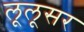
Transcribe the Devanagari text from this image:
लूलूसर